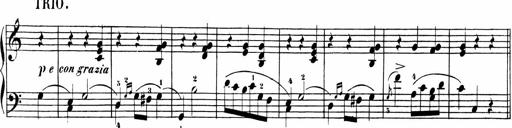
Title: Sonatinen Op.47, 98 und 136, nebst 6 Liedersonatinen
Composer: Carl Reinecke